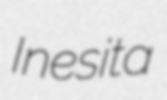
Inesita